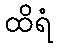
ထိရံ